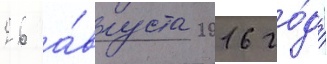
26 а́вгуста 2016 го́да